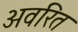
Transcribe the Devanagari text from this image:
अवरित